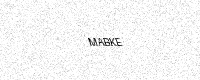
Text: MABKE